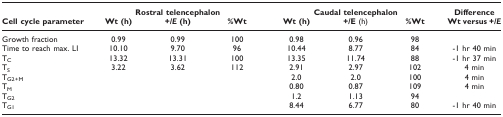
<table><thead><tr><td></td><td colspan="3"><b>Rostral telencephalon</b></td><td colspan="3"><b>Caudal telencephalon</b></td><td><b>Difference</b></td></tr><tr><td><b>Cell cycle parameter</b></td><td><b>Wt (h)</b></td><td><b><i>+/E </i>(h)</b></td><td><b>%Wt</b></td><td><b>Wt (h)</b></td><td><b><i>+/E </i>(h)</b></td><td><b>%Wt</b></td><td><b>Wt versus <i>+/E</i></b></td></tr></thead><tbody><tr><td>Growth fraction</td><td>0.99</td><td>0.99</td><td>100</td><td>0.98</td><td>0.96</td><td>98</td><td></td></tr><tr><td>Time to reach max. LI</td><td>10.10</td><td>9.70</td><td>96</td><td>10.44</td><td>8.77</td><td>84</td><td>-1 hr 40 min</td></tr><tr><td>T<sub>C</sub></td><td>13.32</td><td>13.31</td><td>100</td><td>13.35</td><td>11.74</td><td>88</td><td>-1 hr 37 min</td></tr><tr><td>T<sub>S</sub></td><td>3.22</td><td>3.62</td><td>112</td><td>2.91</td><td>2.97</td><td>102</td><td>4 min</td></tr><tr><td>T<sub>G2+M</sub></td><td></td><td></td><td></td><td>2.0</td><td>2.0</td><td>100</td><td>4 min</td></tr><tr><td>T<sub>M</sub></td><td></td><td></td><td></td><td>0.80</td><td>0.87</td><td>109</td><td>4 min</td></tr><tr><td>T<sub>G2</sub></td><td></td><td></td><td></td><td>1.2</td><td>1.13</td><td>94</td><td></td></tr><tr><td>T<sub>G1</sub></td><td></td><td></td><td></td><td>8.44</td><td>6.77</td><td>80</td><td>-1 hr 40 min</td></tr></tbody></table>